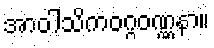
အာဝါသိကဝဂ္ဂဝဏ္ဏနာ။